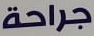
جراحة